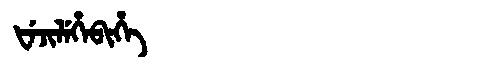
Manchu: ᡶᡝᠵᡳᠯᡝᡥᡝᠪᡳᡥᡝ
Romanization: FEJILEHEBIHE